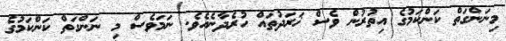
މިނަންގަތް ކަންކަމުގެ އިތުރުން ވެސް ޚަރަދުތައް ހުރެދާނެއެވެ. ނަމަވެސް މި ނަންގަތް ކަންކަމުގެ